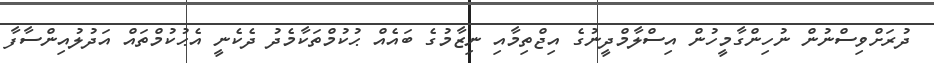
ދުރަށްވިސްނުން ނުހިންގާމީހުން އިސްލާމްދީނުގެ އިޖްތިމާއި ނިޒާމުގެ ބައެއް ޙުކުމްތަކާމެދު ދެކެނީ އެޙުކުމްތައް އަދުލުއިންސާފާ